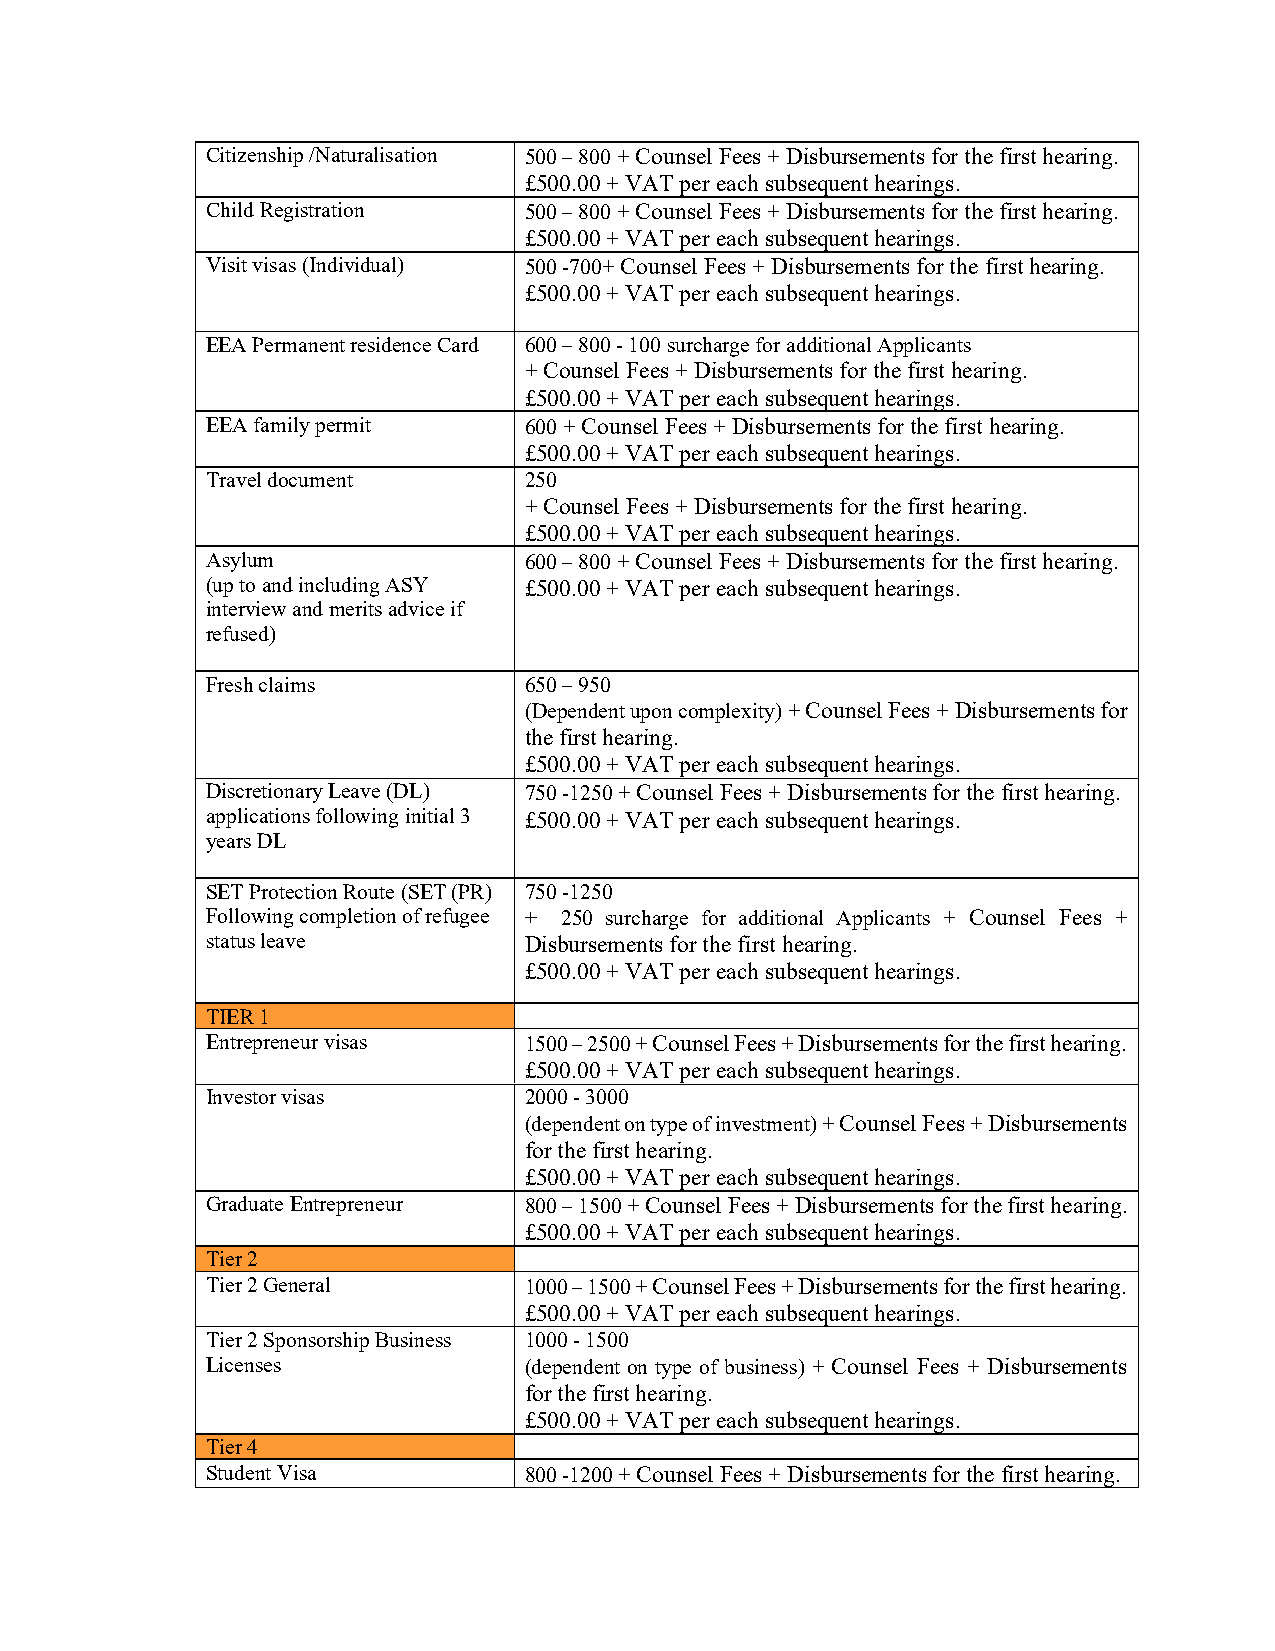
Citizenship /Naturalisation 500 – 800 + Counsel Fees + Disbursements for the first hearing.
 £500.00 + VAT per each subsequent hearings.
 Child Registration   500 – 800 + Counsel Fees + Disbursements for the first hearing.
 £500.00 + VAT per each subsequent hearings.
 Visit visas (Individual) 500 -700+ Counsel Fees + Disbursements for the first hearing.
 £500.00 + VAT per each subsequent hearings.
 EEA Permanent residence Card 600 – 800 - 100 surcharge for additional Applicants
 + Counsel Fees + Disbursements for the first hearing.
 £500.00 + VAT per each subsequent hearings.
 EEA family permit    600 + Counsel Fees + Disbursements for the first hearing.
 £500.00 + VAT per each subsequent hearings.
 Travel document      250
 + Counsel Fees + Disbursements for the first hearing.
 £500.00 + VAT per each subsequent hearings.
 Asylum               600 – 800 + Counsel Fees + Disbursements for the first hearing.
 (up to and including ASY £500.00 + VAT per each subsequent hearings.
 interview and merits advice if
 refused)
 Fresh claims         650 – 950
 (Dependent upon complexity) + Counsel Fees + Disbursements for
 the first hearing.
 £500.00 + VAT per each subsequent hearings.
 Discretionary Leave (DL) 750 -1250 + Counsel Fees + Disbursements for the first hearing.
 applications following initial 3 £500.00 + VAT per each subsequent hearings.
 years DL
 SET Protection Route (SET (PR) 750 -1250
 Following completion of refugee + 250 surcharge for additional Applicants + Counsel Fees +
 status leave         Disbursements for the first hearing.
 £500.00 + VAT per each subsequent hearings.
 TIER 1
 Entrepreneur visas   1500 – 2500 + Counsel Fees + Disbursements for the first hearing.
 £500.00 + VAT per each subsequent hearings.
 Investor visas       2000 - 3000
 (dependent on type of investment) + Counsel Fees + Disbursements
 for the first hearing.
 £500.00 + VAT per each subsequent hearings.
 Graduate Entrepreneur 800 – 1500 + Counsel Fees + Disbursements for the first hearing.
 £500.00 + VAT per each subsequent hearings.
 Tier 2
 Tier 2 General       1000 – 1500 + Counsel Fees + Disbursements for the first hearing.
 £500.00 + VAT per each subsequent hearings.
 Tier 2 Sponsorship Business 1000 - 1500
 Licenses             (dependent on type of business) + Counsel Fees + Disbursements
 for the first hearing.
 £500.00 + VAT per each subsequent hearings.
 Tier 4
 Student Visa         800 -1200 + Counsel Fees + Disbursements for the first hearing.